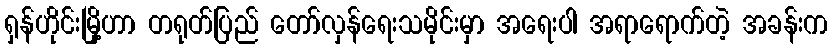
ရှန်ဟိုင်းမြို့ဟာ တရုတ်ပြည် တော်လှန်ရေးသမိုင်းမှာ အရေးပါ အရာရောက်တဲ့ အခန်းက